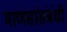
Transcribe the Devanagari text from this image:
माणसांसंबंधी